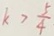
k > \frac { 5 } { 4 }